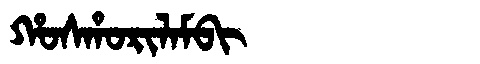
Manchu: ᡥᠣᠰᡥᠣᡵᡳᠯᠠᠮᠪᡳ
Romanization: HOSHORILAMBI